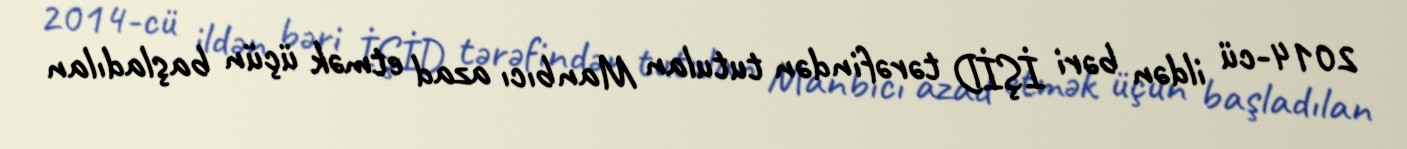
2014-cü ildən bəri İŞİD tərəfindən tutulan Manbıcı azad etmək üçün başladılan